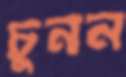
চুনন